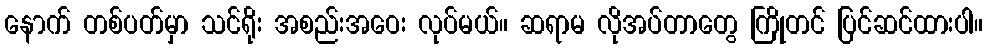
နောက် တစ်ပတ်မှာ သင်ရိုး အစည်းအဝေး လုပ်မယ်။ ဆရာမ လိုအပ်တာတွေ ကြိုတင် ပြင်ဆင်ထားပါ။